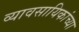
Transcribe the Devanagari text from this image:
व्यावसायिकांच्या